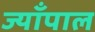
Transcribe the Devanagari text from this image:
ज्याँपाल